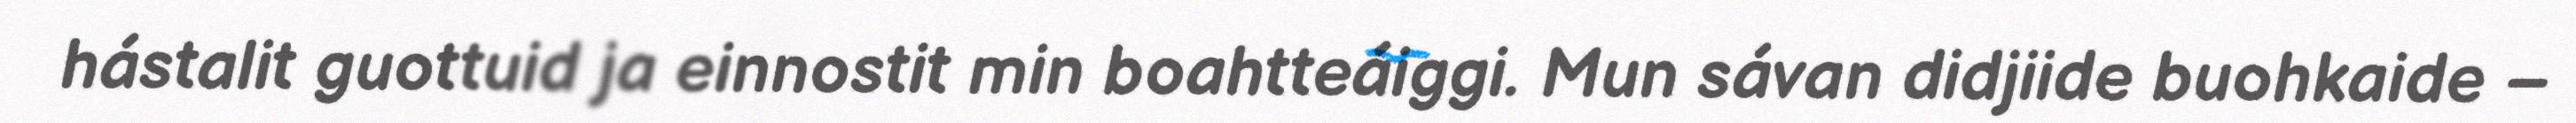
hástalit guottuid ja einnostit min boahtteáiggi. Mun sávan didjiide buohkaide –